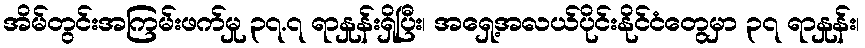
အိမ်တွင်းအကြမ်းဖက်မှု ၃၇.၇ ရာနှုန်းရှိပြီး၊ အရှေ့အလယ်ပိုင်းနိုင်ငံတွေမှာ ၃၇ ရာနှုန်း၊